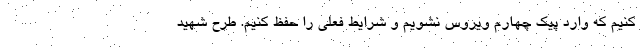
کنیم که وارد پیک چهارم ویروس نشویم و شرایط فعلی را حفظ کنیم. طرح شهید